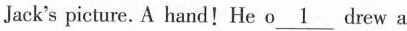
Jack's picture.A hand!He o\underline{1} drew a